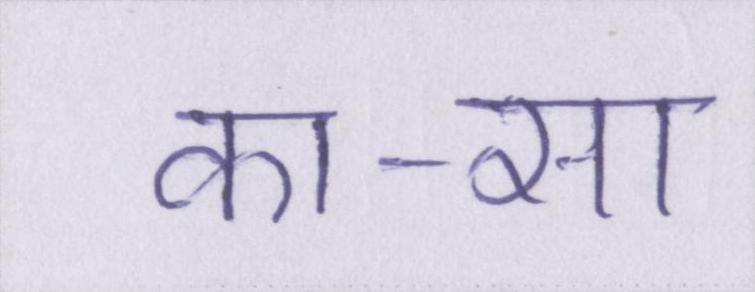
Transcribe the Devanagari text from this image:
का-सा